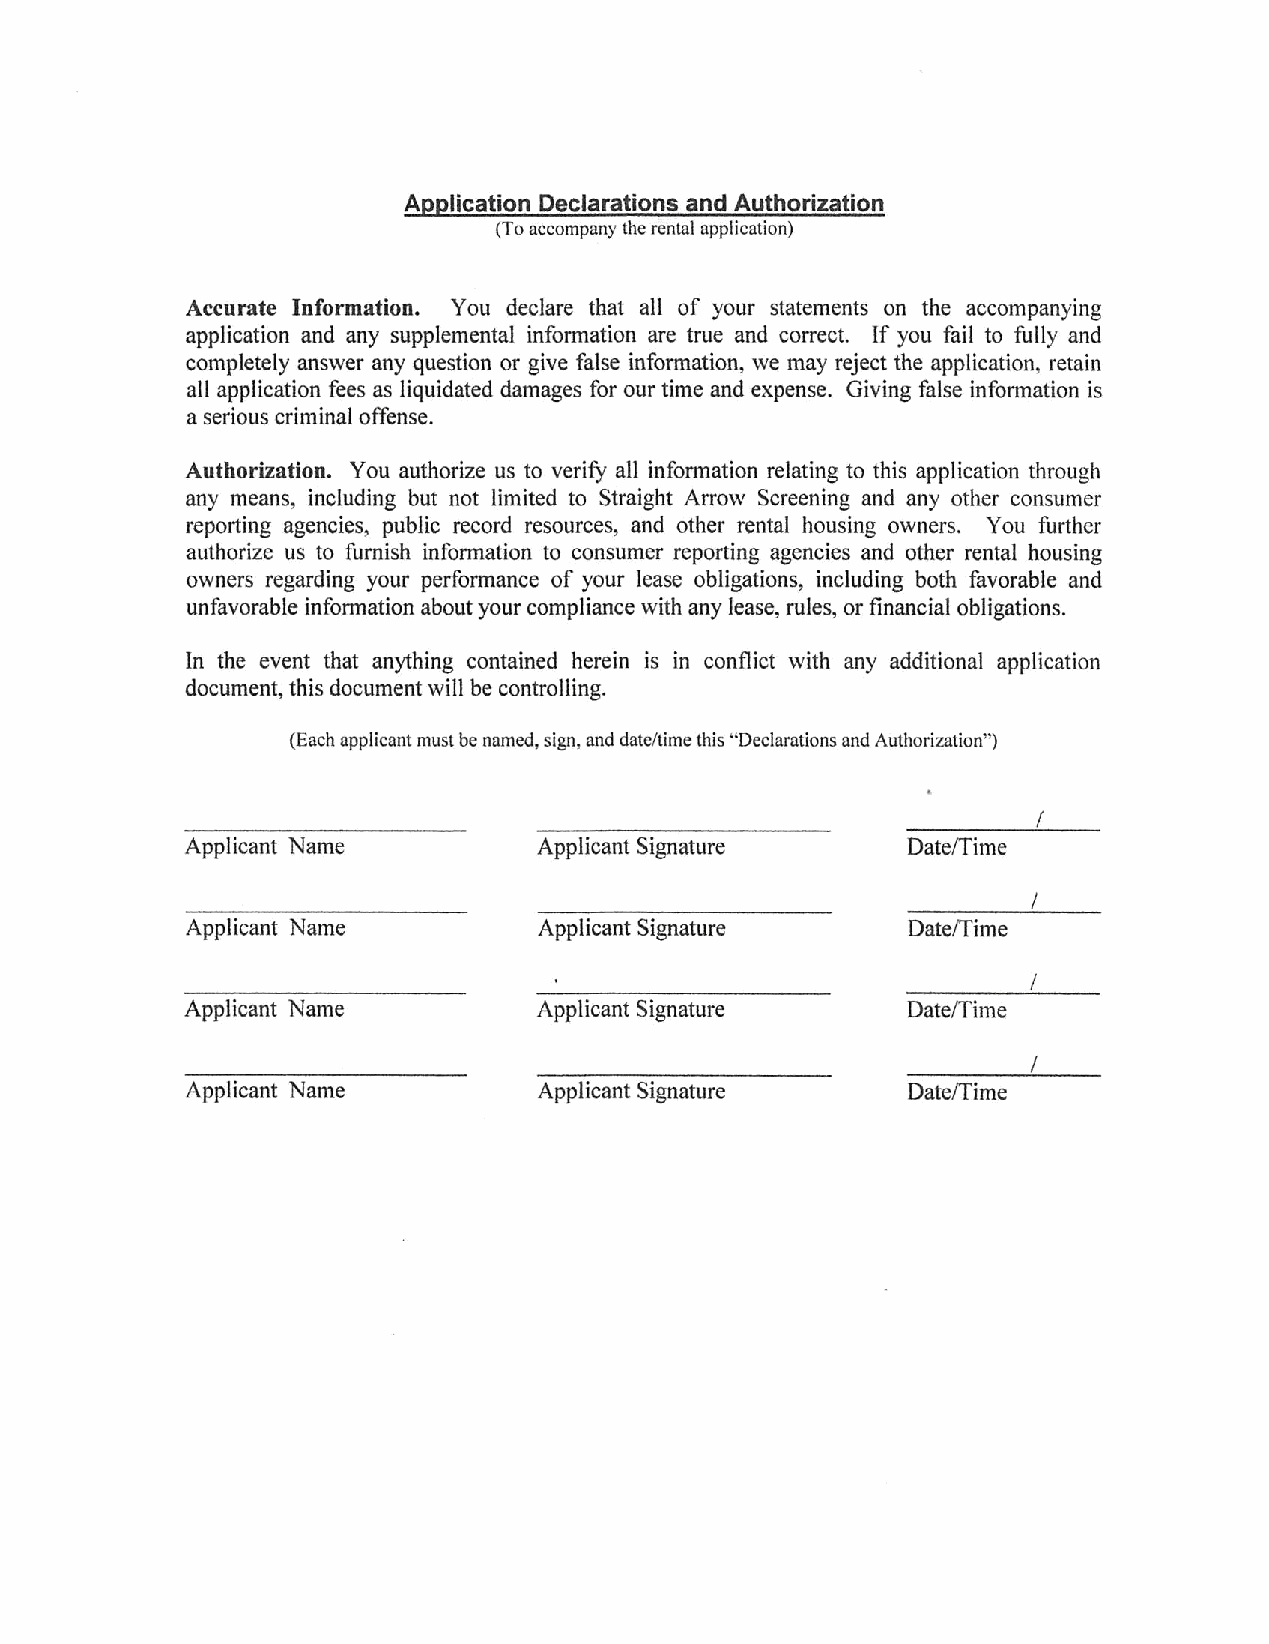
Application Declarations and Authorization
 (To accompany the rental application)
 Accurate Information. You declare that all of your statements on the accompanying
 application and any supplemental information are true and correct, if you fail to fully and
 completely answer any question or give false information, we may reject the application, retain
 all application fees as liquidated damages for our time and expense. Giving false information is
 a serious criminal offense.
 Authorization. You authorize us to verify all information relating to this application through
 any means, including but not limited to Straight Arrow Screening and any other consumer
 reporting agencies, public record resources, and other rental housing owners. You further
 authorize us to furnish information to consumer reporting agencies and other rental housing
 owners regarding your performance of your lease obligations, including both favorable and
 unfavorable information about your compliance with any lease, rules, or financial obligations.
 In the event that anything contained herein is in conflict with any additional application
 document, this document will be controlling.
 (Each applicant must be named, sign, and date/lime this "Declarations and Authorization")
 i
 Applicant   Name    Applicant    Signature   Date/Time
 L
 Applicant   Name     Applicant   Signature   Date/Time
 L
 A p p l i c a n t N a m e A p p l i c a n t S i g n a t u r e D a t e / Ti m e
 !_
 A p p l i c a n t N a m e A p p l i c a n t S i g n a t u r e D a t e / Ti m e